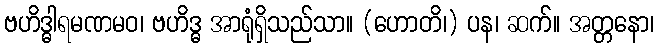
ဗဟိဒ္ဓါရမဏမဝ၊ ဗဟိဒ္ဓ အာရုံရှိသည်သာ။ (ဟောတိ၊) ပန၊ ဆက်။ အတ္တနော၊